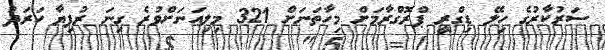
ސަރުކާރުގެ ހިލޭ ޑިގްރީ ޕްރޮގްރާމަށް މިހާތަނަށް 321 މިލިއަނަށްވުރެ ގިނަ ރުފިޔާ ހަރަދު